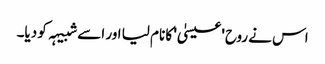
اس نے روح 'عیسیٰ' کا نام لیا اور اسے شبیہہ کو دیا۔